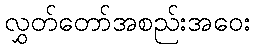
လွှတ်တော်အစည်းအဝေး